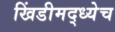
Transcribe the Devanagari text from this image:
खिंडीमद्ध्येच